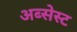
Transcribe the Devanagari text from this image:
अब्सेस्ट